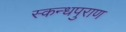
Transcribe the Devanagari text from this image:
स्कन्धपुराण